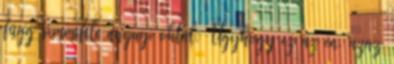
függ semmiféle anyagi októl. Úgyhogy ez az én, azaz